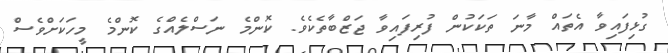
ގުޅިފައިވާ އެތައް މާނަ ތަކަކުން ފުުރިފައިވާ ޖަޒްބާތެކެވެ. ކޮންމެ ނަސްލެއްގެ ކޮންމެ މީހަކަށްވެސް